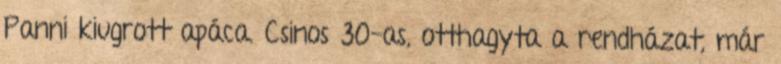
Panni kiugrott apáca. Csinos 30-as, otthagyta a rendházat, már